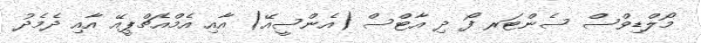
މޯލްޑިވްސް ސެންޓަރ ފޯ ދި އާޓްސް (އެންސީއޭ) އާއި އެމްއެޗްޕީއޭ އާއި ދެމެދު